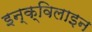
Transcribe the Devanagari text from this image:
इन्क्विलाइन